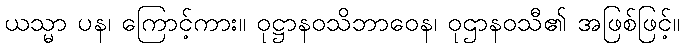
ယသ္မာ ပန၊ ကြောင့်ကား။ ဝုဋ္ဌာနဝသိဘာဝေန၊ ဝုဌာနဝသီ၏ အဖြစ်ဖြင့်။